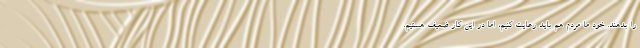
را بدهند. خود ما مردم هم باید رعایت کنیم، اما در این کار ضعیف هستیم.